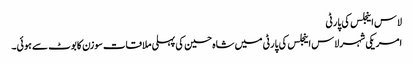
لاس اینجلس کی پارٹی
امریکی شہر لاس اینجلس کی پارٹی میں شاہ حسین کی پہلی ملاقات سوزن کابوٹ سے ہوئی۔